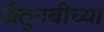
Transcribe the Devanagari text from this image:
जैतुनबीच्या